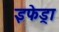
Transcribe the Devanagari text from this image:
इफेड्रा